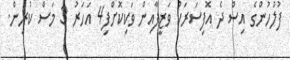
ފުލުހުންގެ އިސް ދެ އޮފިސަރަކު ވަޒީފާއިން ވަކިކޮށްފި4 އަހަރު 3 މަސް ކުރިން.